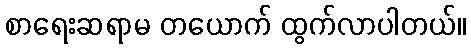
စာရေးဆရာမ တယောက် ထွက်လာပါတယ်။